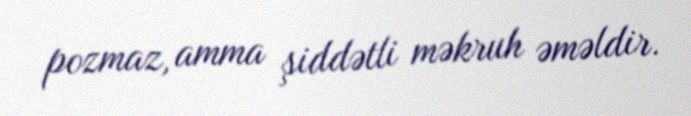
pozmaz, amma şiddətli məkruh əməldir.